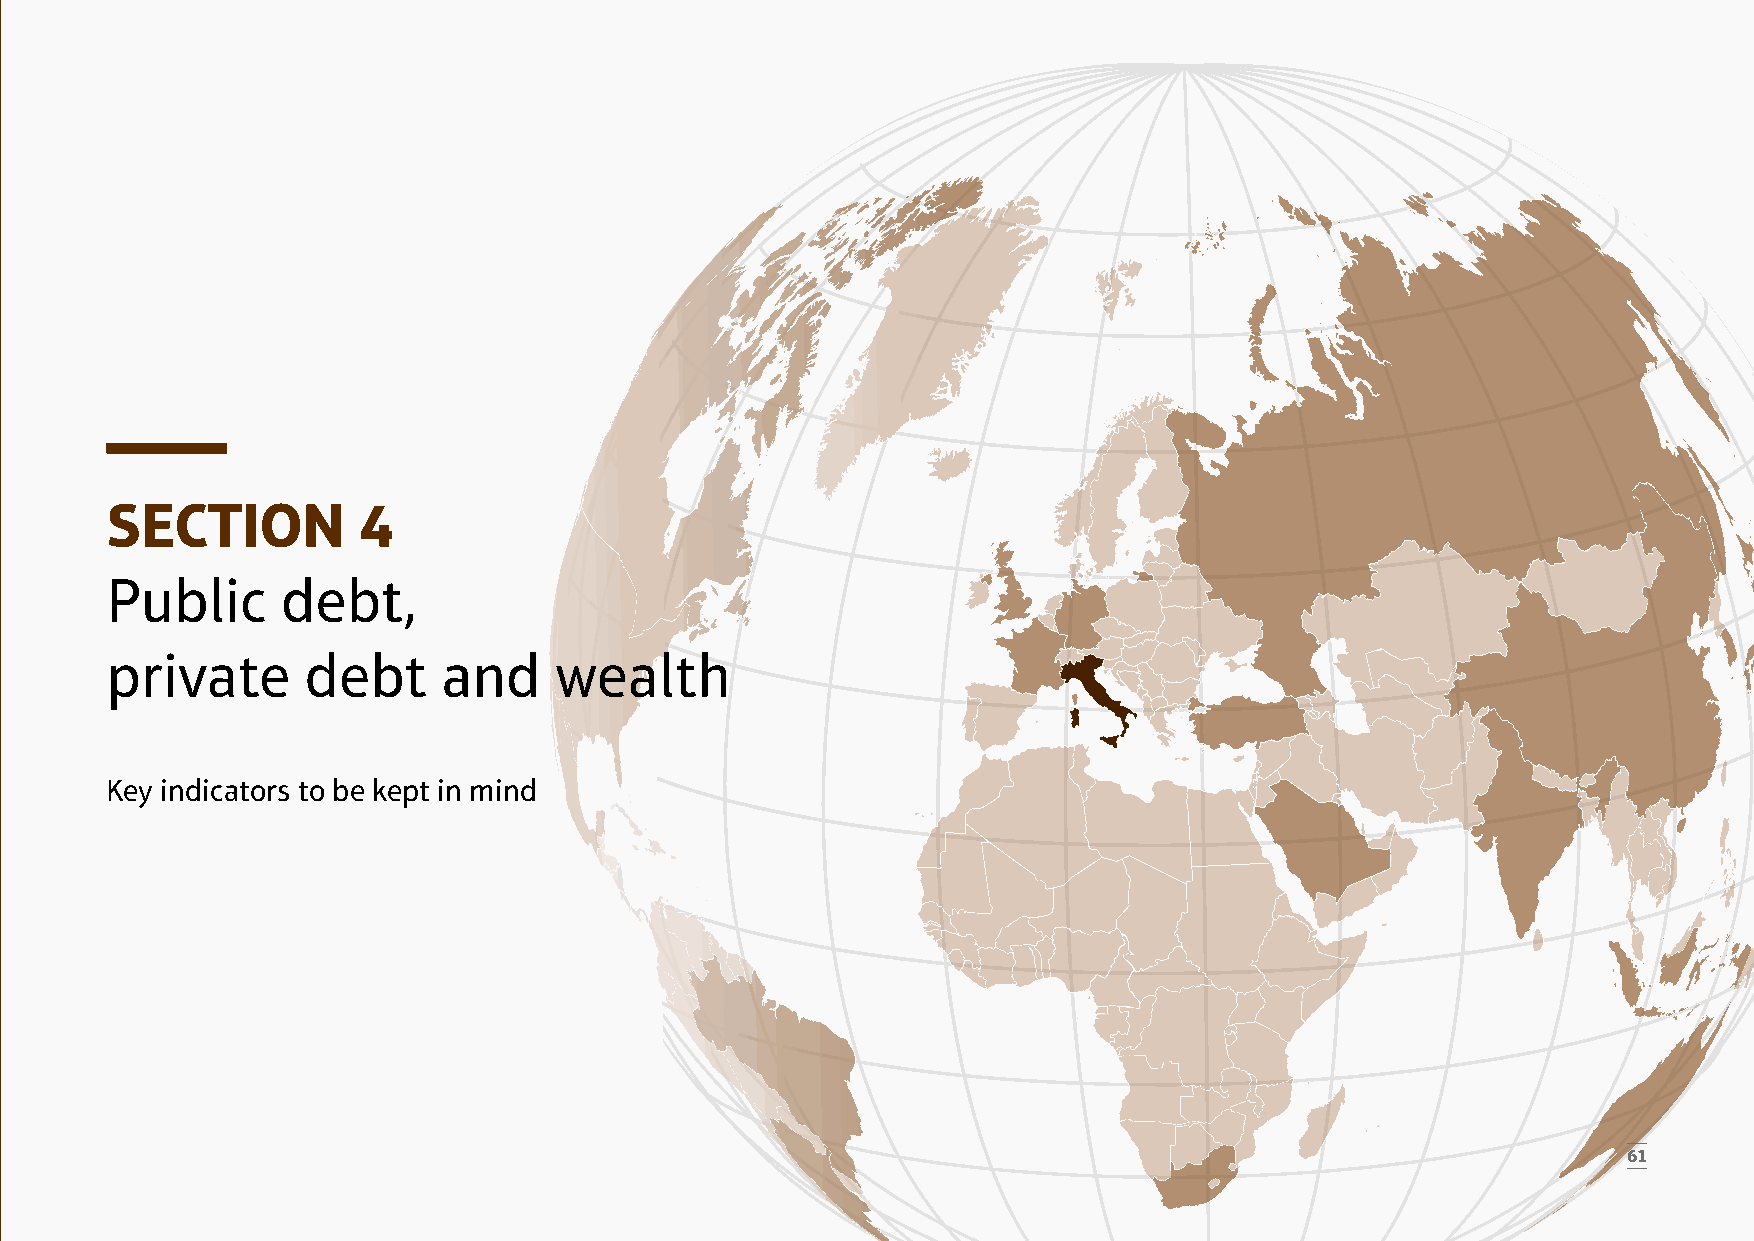
SECTION          4
 Public      debt,
 private      debt     and     wealth
 Key indicators to be kept in mind
 61